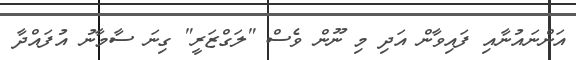
އަންނައުނާއި ފައިވާން އަދި މި ނޫން ވެސް "ލަގްޒަރީ" ގިނަ ސާމާނު އުފައްދާ